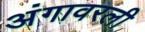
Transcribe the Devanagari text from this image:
अंगावरली